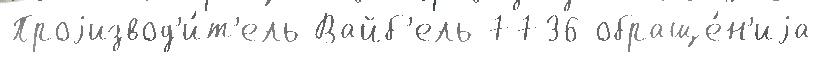
Проjизвод'и́т'ель Вайб'ель 7736 обраще́н'иjа